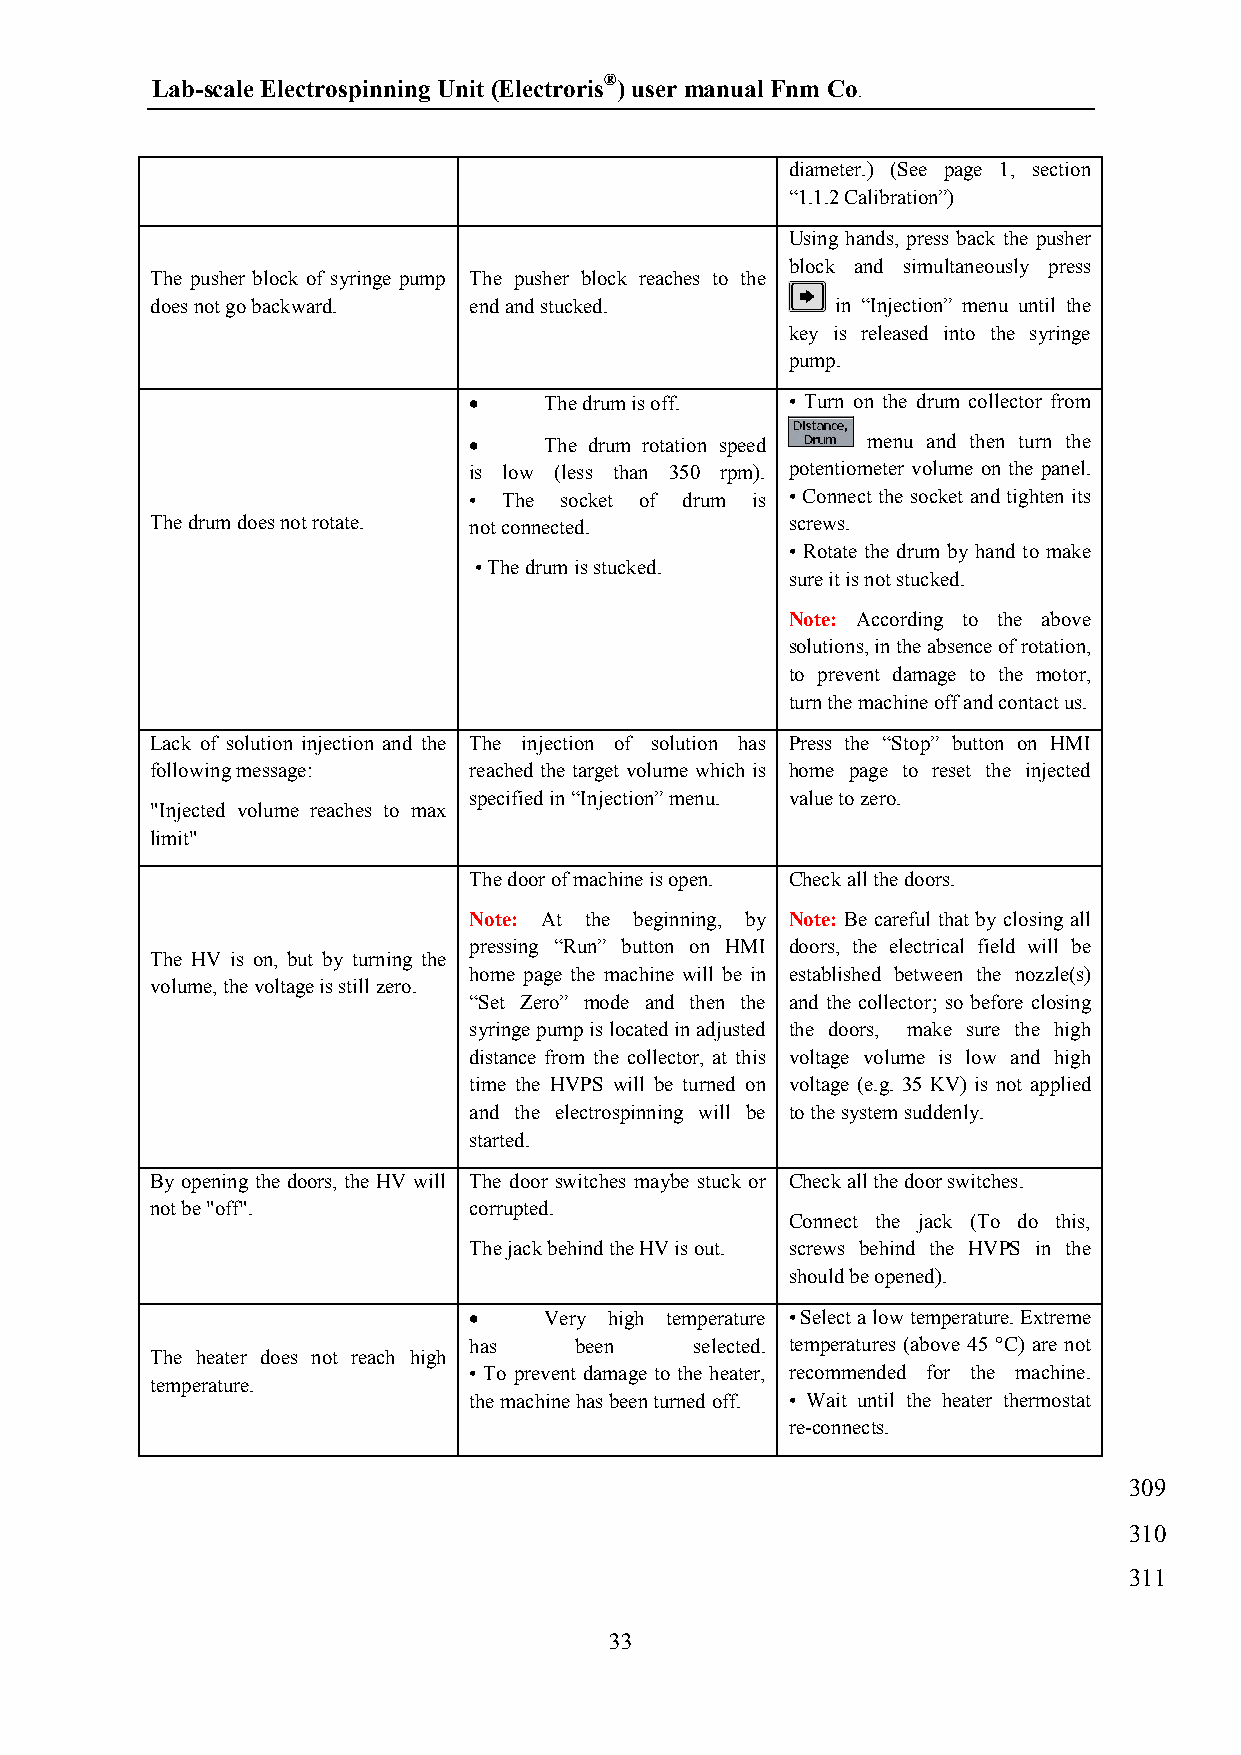
Lab-scale Electrospinning Unit (Electroris®) user manual Fnm Co.
 diameter.) (See page 1, section
 “1.1.2 Calibration”)
 Using hands, press back the pusher
 block and simultaneously press
 The pusher block of syringe pump The pusher block reaches to the
 does not go backward. end and stucked.       in “Injection” menu until the
 key is released into the syringe
 pump.
     The drum is off. • Turn on the drum collector from
     The drum rotation speed menu and then turn the
 is low (less than 350 rpm). potentiometer volume on the panel.
 • The socket of drum is • Connect the socket and tighten its
 The drum does not rotate. not connected.  screws.
 • Rotate the drum by hand to make
 • The drum is stucked.
 sure it is not stucked.
 Note: According to the above
 solutions, in the absence of rotation,
 to prevent damage to the motor,
 turn the machine off and contact us.
 Lack of solution injection and the The injection of solution has Press the “Stop” button on HMI
 following message:   reached the target volume which is home page to reset the injected
 specified in “Injection” menu. value to zero.
 "Injected volume reaches to max
 limit"
 The door of machine is open. Check all the doors.
 Note: At the beginning, by Note: Be careful that by closing all
 pressing “Run” button on HMI doors, the electrical field will be
 The HV is on, but by turning the
 home page the machine will be in established between the nozzle(s)
 volume, the voltage is still zero.
 “Set Zero” mode and then the and the collector; so before closing
 syringe pump is located in adjusted the doors, make sure the high
 distance from the collector, at this voltage volume is low and high
 time the HVPS will be turned on voltage (e.g. 35 KV) is not applied
 and the electrospinning will be to the system suddenly.
 started.
 By opening the doors, the HV will The door switches maybe stuck or Check all the door switches.
 not be "off".        corrupted.
 Connect the jack (To do this,
 The jack behind the HV is out. screws behind the HVPS in the
 should be opened).
     Very high temperature • Select a low temperature. Extreme
 has    been    selected. temperatures (above 45 °C) are not
 The heater does not reach high
 • To prevent damage to the heater, recommended for the machine.
 temperature.
 the machine has been turned off. • Wait until the heater thermostat
 re-connects.
 309
 310
 311
 33